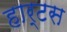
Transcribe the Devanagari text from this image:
हार्टस